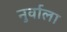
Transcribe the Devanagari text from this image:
नुर्वाला